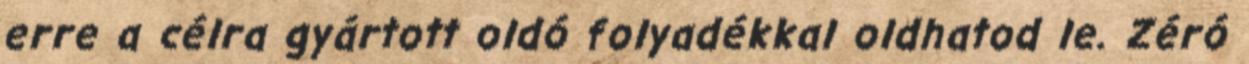
erre a célra gyártott oldó folyadékkal oldhatod le. Zéró